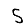
Digit: 5